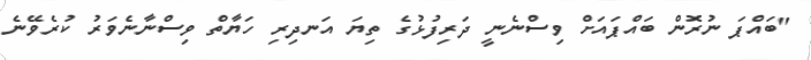
"ބައްޕަ ނުރޮން ބައްޕައަށް ވިސްނެނީ ދަރިފުޅުގެ ތިޔަ އަނދިރި ހަޔާތް ވިސްނާނެވަރު ކުރެވޭނެ